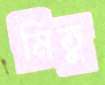
মিতু